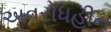
અવરોધહીન